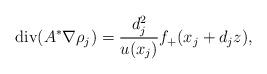
LaTeX: \begin{align*}\mbox{div}(A^{*} \nabla \rho_j) = \dfrac{d_{j}^{2}}{u(x_j)} f_{+}(x_j + d_jz),\end{align*}